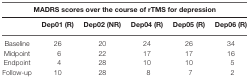
<table><thead><tr><td colspan="6"><b>MADRS scores over the course of rTMS for depression</b></td></tr><tr><td></td><td><b>Dep01 (R)</b></td><td><b>Dep02 (NR)</b></td><td><b>Dep04 (R)</b></td><td><b>Dep05 (R)</b></td><td><b>Dep06 (R)</b></td></tr></thead><tbody><tr><td>Baseline</td><td>26</td><td>20</td><td>24</td><td>26</td><td>34</td></tr><tr><td>Midpoint</td><td>6</td><td>22</td><td>17</td><td>17</td><td>16</td></tr><tr><td>Endpoint</td><td>4</td><td>28</td><td>10</td><td>10</td><td>5</td></tr><tr><td>Follow-up</td><td>10</td><td>28</td><td>8</td><td>7</td><td>2</td></tr></tbody></table>